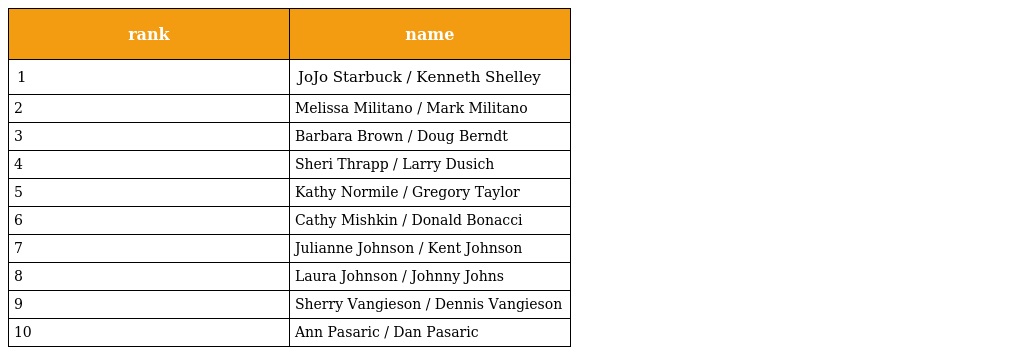
| rank | name |
 | --- | --- |
 | 1 | JoJo Starbuck / Kenneth Shelley |
 | 2 | Melissa Militano / Mark Militano |
 | 3 | Barbara Brown / Doug Berndt |
 | 4 | Sheri Thrapp / Larry Dusich |
 | 5 | Kathy Normile / Gregory Taylor |
 | 6 | Cathy Mishkin / Donald Bonacci |
 | 7 | Julianne Johnson / Kent Johnson |
 | 8 | Laura Johnson / Johnny Johns |
 | 9 | Sherry Vangieson / Dennis Vangieson |
 | 10 | Ann Pasaric / Dan Pasaric |